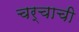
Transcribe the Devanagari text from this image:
चर्चाची